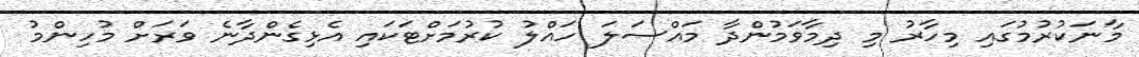
މާނަކުރުމުގައި މިހާރު މި ދިމާވަމުންދާ މައްސަލަ ހައްލު ކުރުމަށްޓަކައި އެޅިގެންދާނެ ވަރަށް މުހިންމު